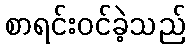
စာရင်းဝင်ခဲ့သည်